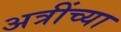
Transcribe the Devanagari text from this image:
अत्रींच्या